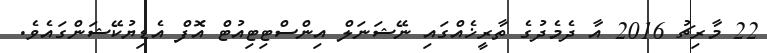
22 މާރިޗު 2016 އާ ދެމެދުގެ ތާރީޚެއްގައި ނޭޝަނަލް އިންސްޓިޓިއުޓް އޮފް އެޑިޔުކޭޝަންގައެވެ.